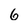
Character: 6